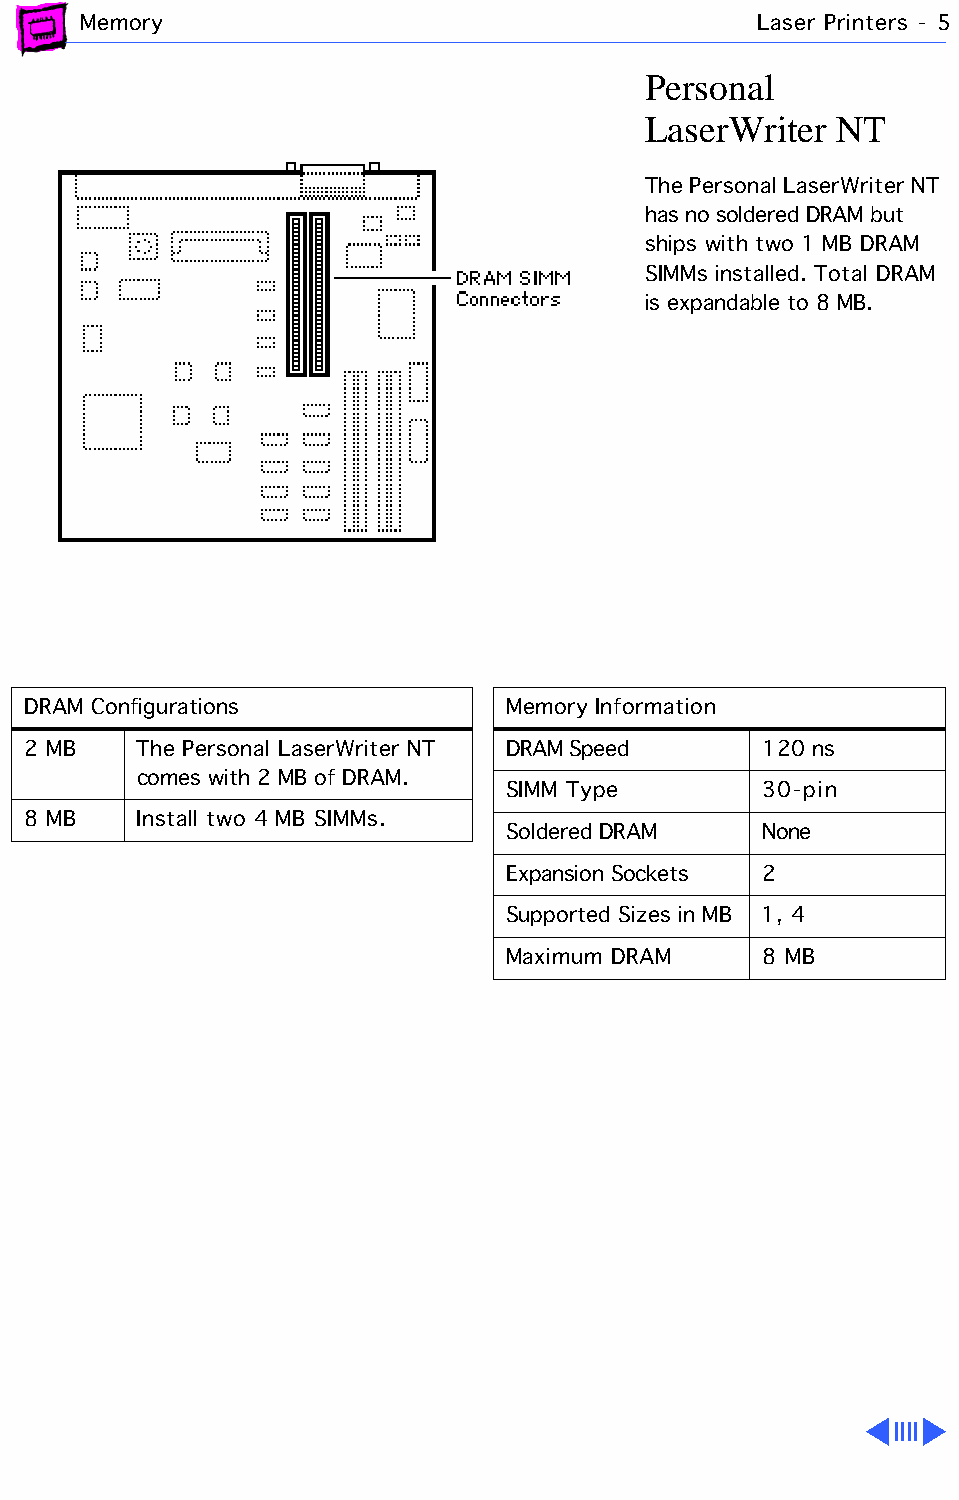
Memory                                       Laser Printers - 5
 Personal
 LaserWriter  NT
 The Personal LaserWriter NT
 has no soldered DRAM but
 ships with two 1 MB DRAM
 SIMMs installed. Total DRAM
 is expandable to 8 MB.
 DRAM Configurations             Memory Information
 2 MB    The Personal LaserWriter NT DRAM Speed   120 ns
 comes with 2 MB of DRAM.
 SIMM Type        30-pin
 8 MB    Install two 4 MB SIMMs.
 Soldered DRAM    None
 Expansion Sockets 2
 Supported Sizes in MB 1, 4
 Maximum DRAM     8 MB